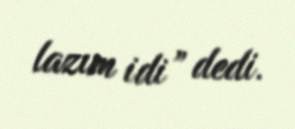
lazım idi” dedi.